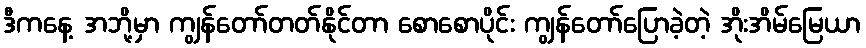
ဒီကနေ့ အဘို့မှာ ကျွန်တော်တတ်နိုင်တာ စောစောပိုင်း ကျွန်တော်ပြောခဲ့တဲ့ အိုးအိမ်မြေယာ